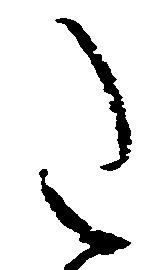
た